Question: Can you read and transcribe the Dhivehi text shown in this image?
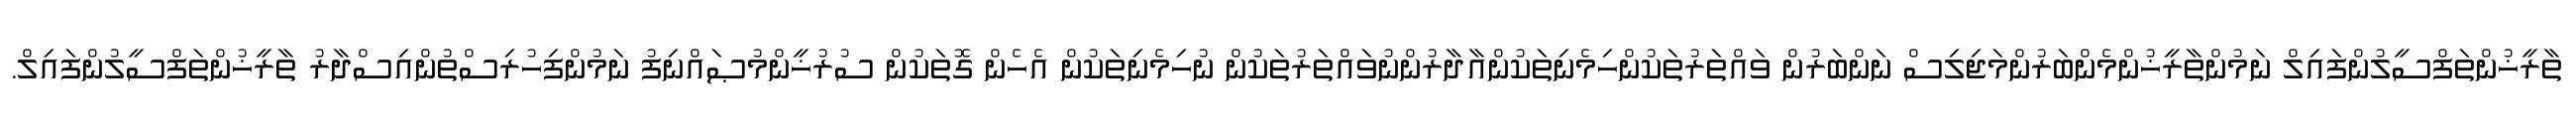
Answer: ތާރީޚުންތަފްސީލުންފައިލް ނަމުންތާރީޚުންމެންބަރުންމަޖިލިސް ނަންބަރުން ވައްތަރުތަކުންހިމެނިތަކުންއާދާރުންނުވައްތަރުތަކުން ނުހިމެނިތަކުން އެހެން ގޮތަކުން ސުރުޚީންމުޞައްނިފު ނަމުންފިހުރިސްތުންއިސްދާރު ތާރީޚުންތަފްސީލުންފައިލް.